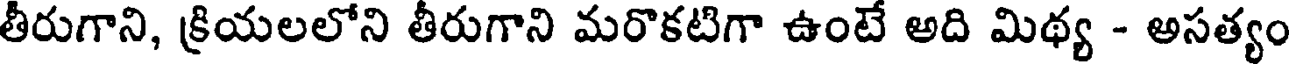
తీరుగాని, క్రియలలోని తీరుగాని మరొకటిగా ఉంటే అది మిథ్య - అసత్యం